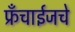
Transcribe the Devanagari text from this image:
फ्रँचाईजचे